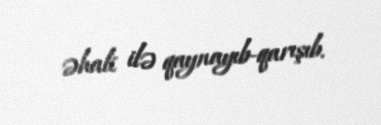
əhali ilə qaynayıb-qarışıb.